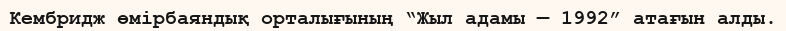
Кембридж өмірбаяндық орталығының “Жыл адамы — 1992” атағын алды.